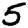
Digit: 5